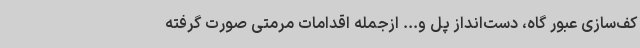
کف‌سازی عبور گاه، دست‌انداز پل و... ازجمله اقدامات مرمتی صورت گرفته